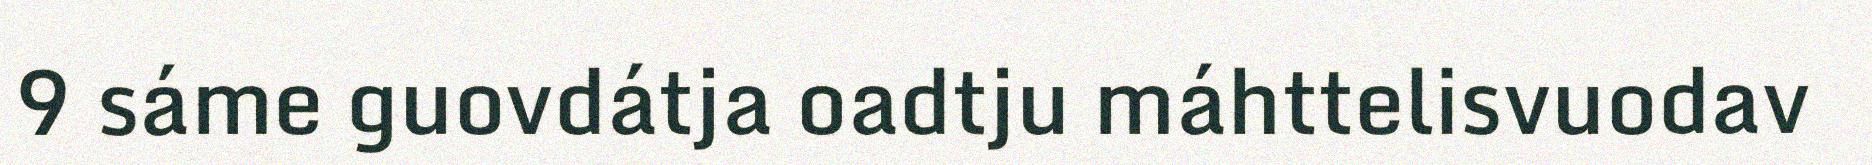
9 sáme guovdátja oadtju máhttelisvuodav